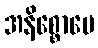
အနိစ္စောပေ